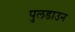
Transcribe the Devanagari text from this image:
पुलडाउन